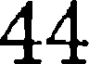
44